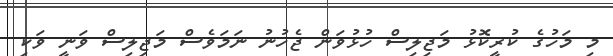
މި މަހުގެ ކުރީކޮޅު މަޖިލިސް ހުޅުވަން ޖެހުނު ނަމަވެސް މަޖިލިސް ވަނީ ވަކި